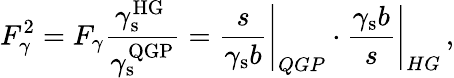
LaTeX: F_{\gamma}^{2}=F_{\gamma}\frac{\gamma_{\mathrm{s}}^{\mathrm{HG\ }}}{\gamma_{\mathrm{s}}^{\mathrm{QGP}}}=\left.\frac{s}{\gamma_{\mathrm{s}}b}\right|_{QGP}\cdot\left.\frac{\gamma_{\mathrm{s}}b}{s}\right|_{HG}\, ,